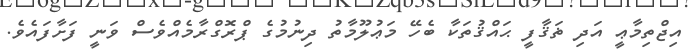
އިޖްތިމާޢީ އަދި ޡަޤާފީ ޙައްޤުތަކާ ބެހޭ މަޢުލޫމާތު ދިނުމުގެ ޕްރޮގްރާމެއްވެސް ވަނީ ފަށާފައެވެ.